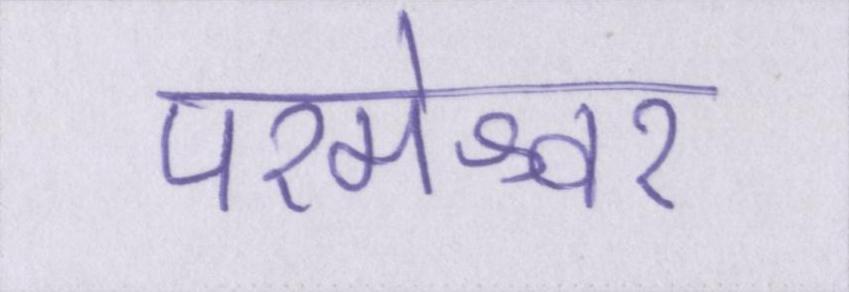
परमेश्वर